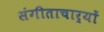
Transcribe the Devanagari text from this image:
संगीताचार्यों